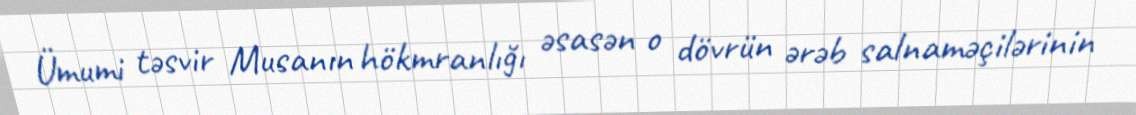
Ümumi təsvir Musanın hökmranlığı əsasən o dövrün ərəb salnaməçilərinin